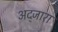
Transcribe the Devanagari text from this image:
अद्जारा